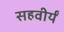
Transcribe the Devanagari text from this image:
सहवीर्यं